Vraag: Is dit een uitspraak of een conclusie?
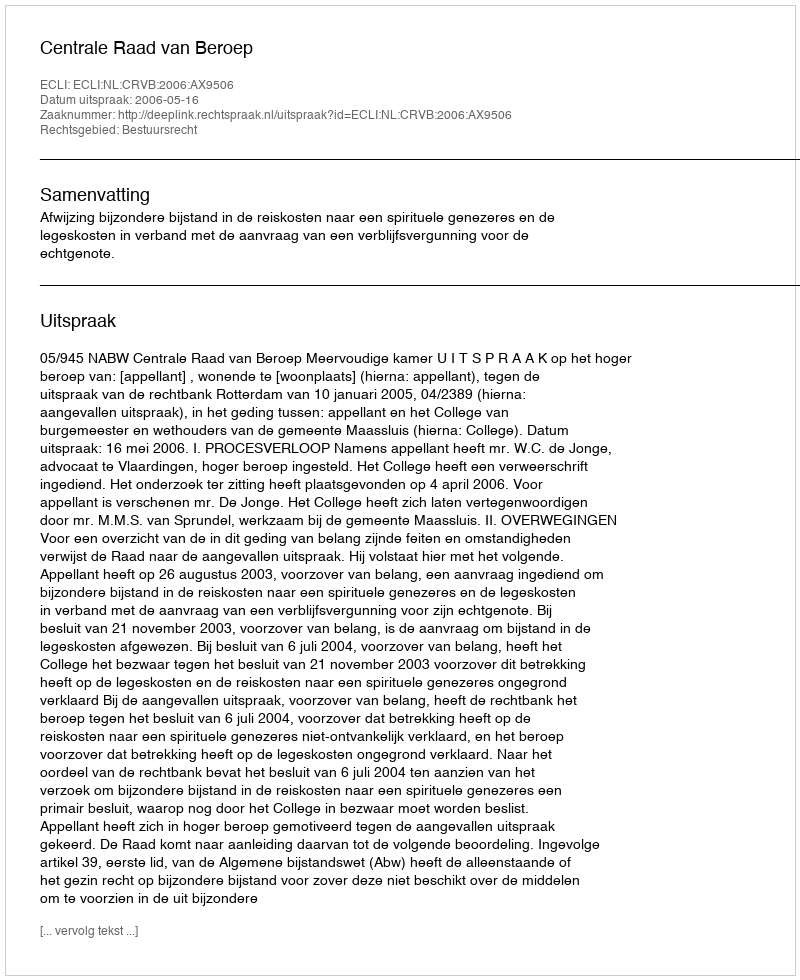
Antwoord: Uitspraak